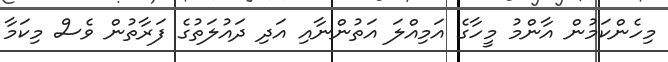
މިހެންކަމުން އާންމު މީހާގެ އަމިއްލަ އަތުންނާއި އަދި ދައުލަތުގެ ފަރާތުން ވެސް މިކަމާ